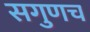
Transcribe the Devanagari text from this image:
सगुणच